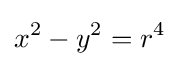
x^{2}-y^{2}=r^{4}